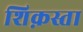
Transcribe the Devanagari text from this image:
शिक़स्ता